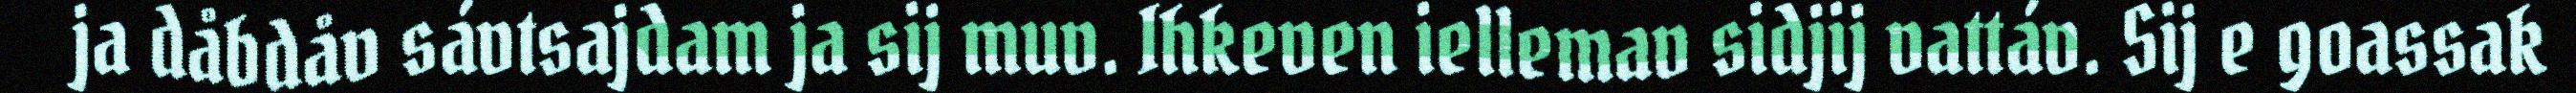
ja dåbdåv sávtsajdam ja sij muv. Ihkeven iellemav sidjij vattáv. Sij e goassak